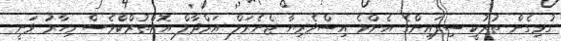
ގުޅިގެން ތުރުކީ ސިފައިންގެ އެންމެ އިސްވެރިޔާ ޖެނެރަލް އަރްދާލް އޮޒްތުރްކްވެސް މިހާރު ވަނީ